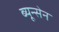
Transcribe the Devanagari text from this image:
ब्यून्सेन